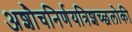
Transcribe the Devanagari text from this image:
अशौचनिर्णयत्रिशच्छलोकी